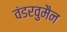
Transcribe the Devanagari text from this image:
वंडरवुमैन